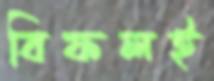
বিফলই